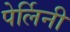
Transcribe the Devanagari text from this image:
पेर्लिनी